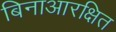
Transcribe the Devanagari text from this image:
बिनाआरक्षित